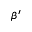
\beta ^ { \prime }